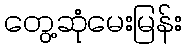
တွေ့ဆုံမေးမြန်း